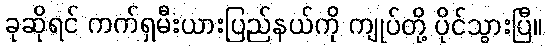
ခုဆိုရင် ကက်ရှမီးယားပြည်နယ်ကို ကျုပ်တို့ ပိုင်သွားပြီ။